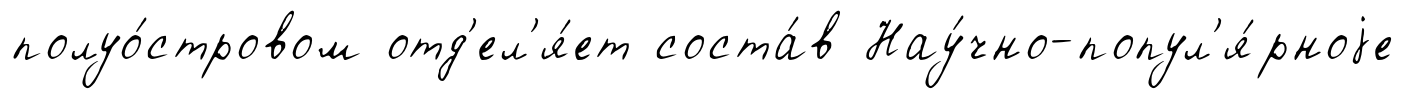
полуо́стровом отд'ел'я́ет соста́в Нау́чно-попул'я́рноjе